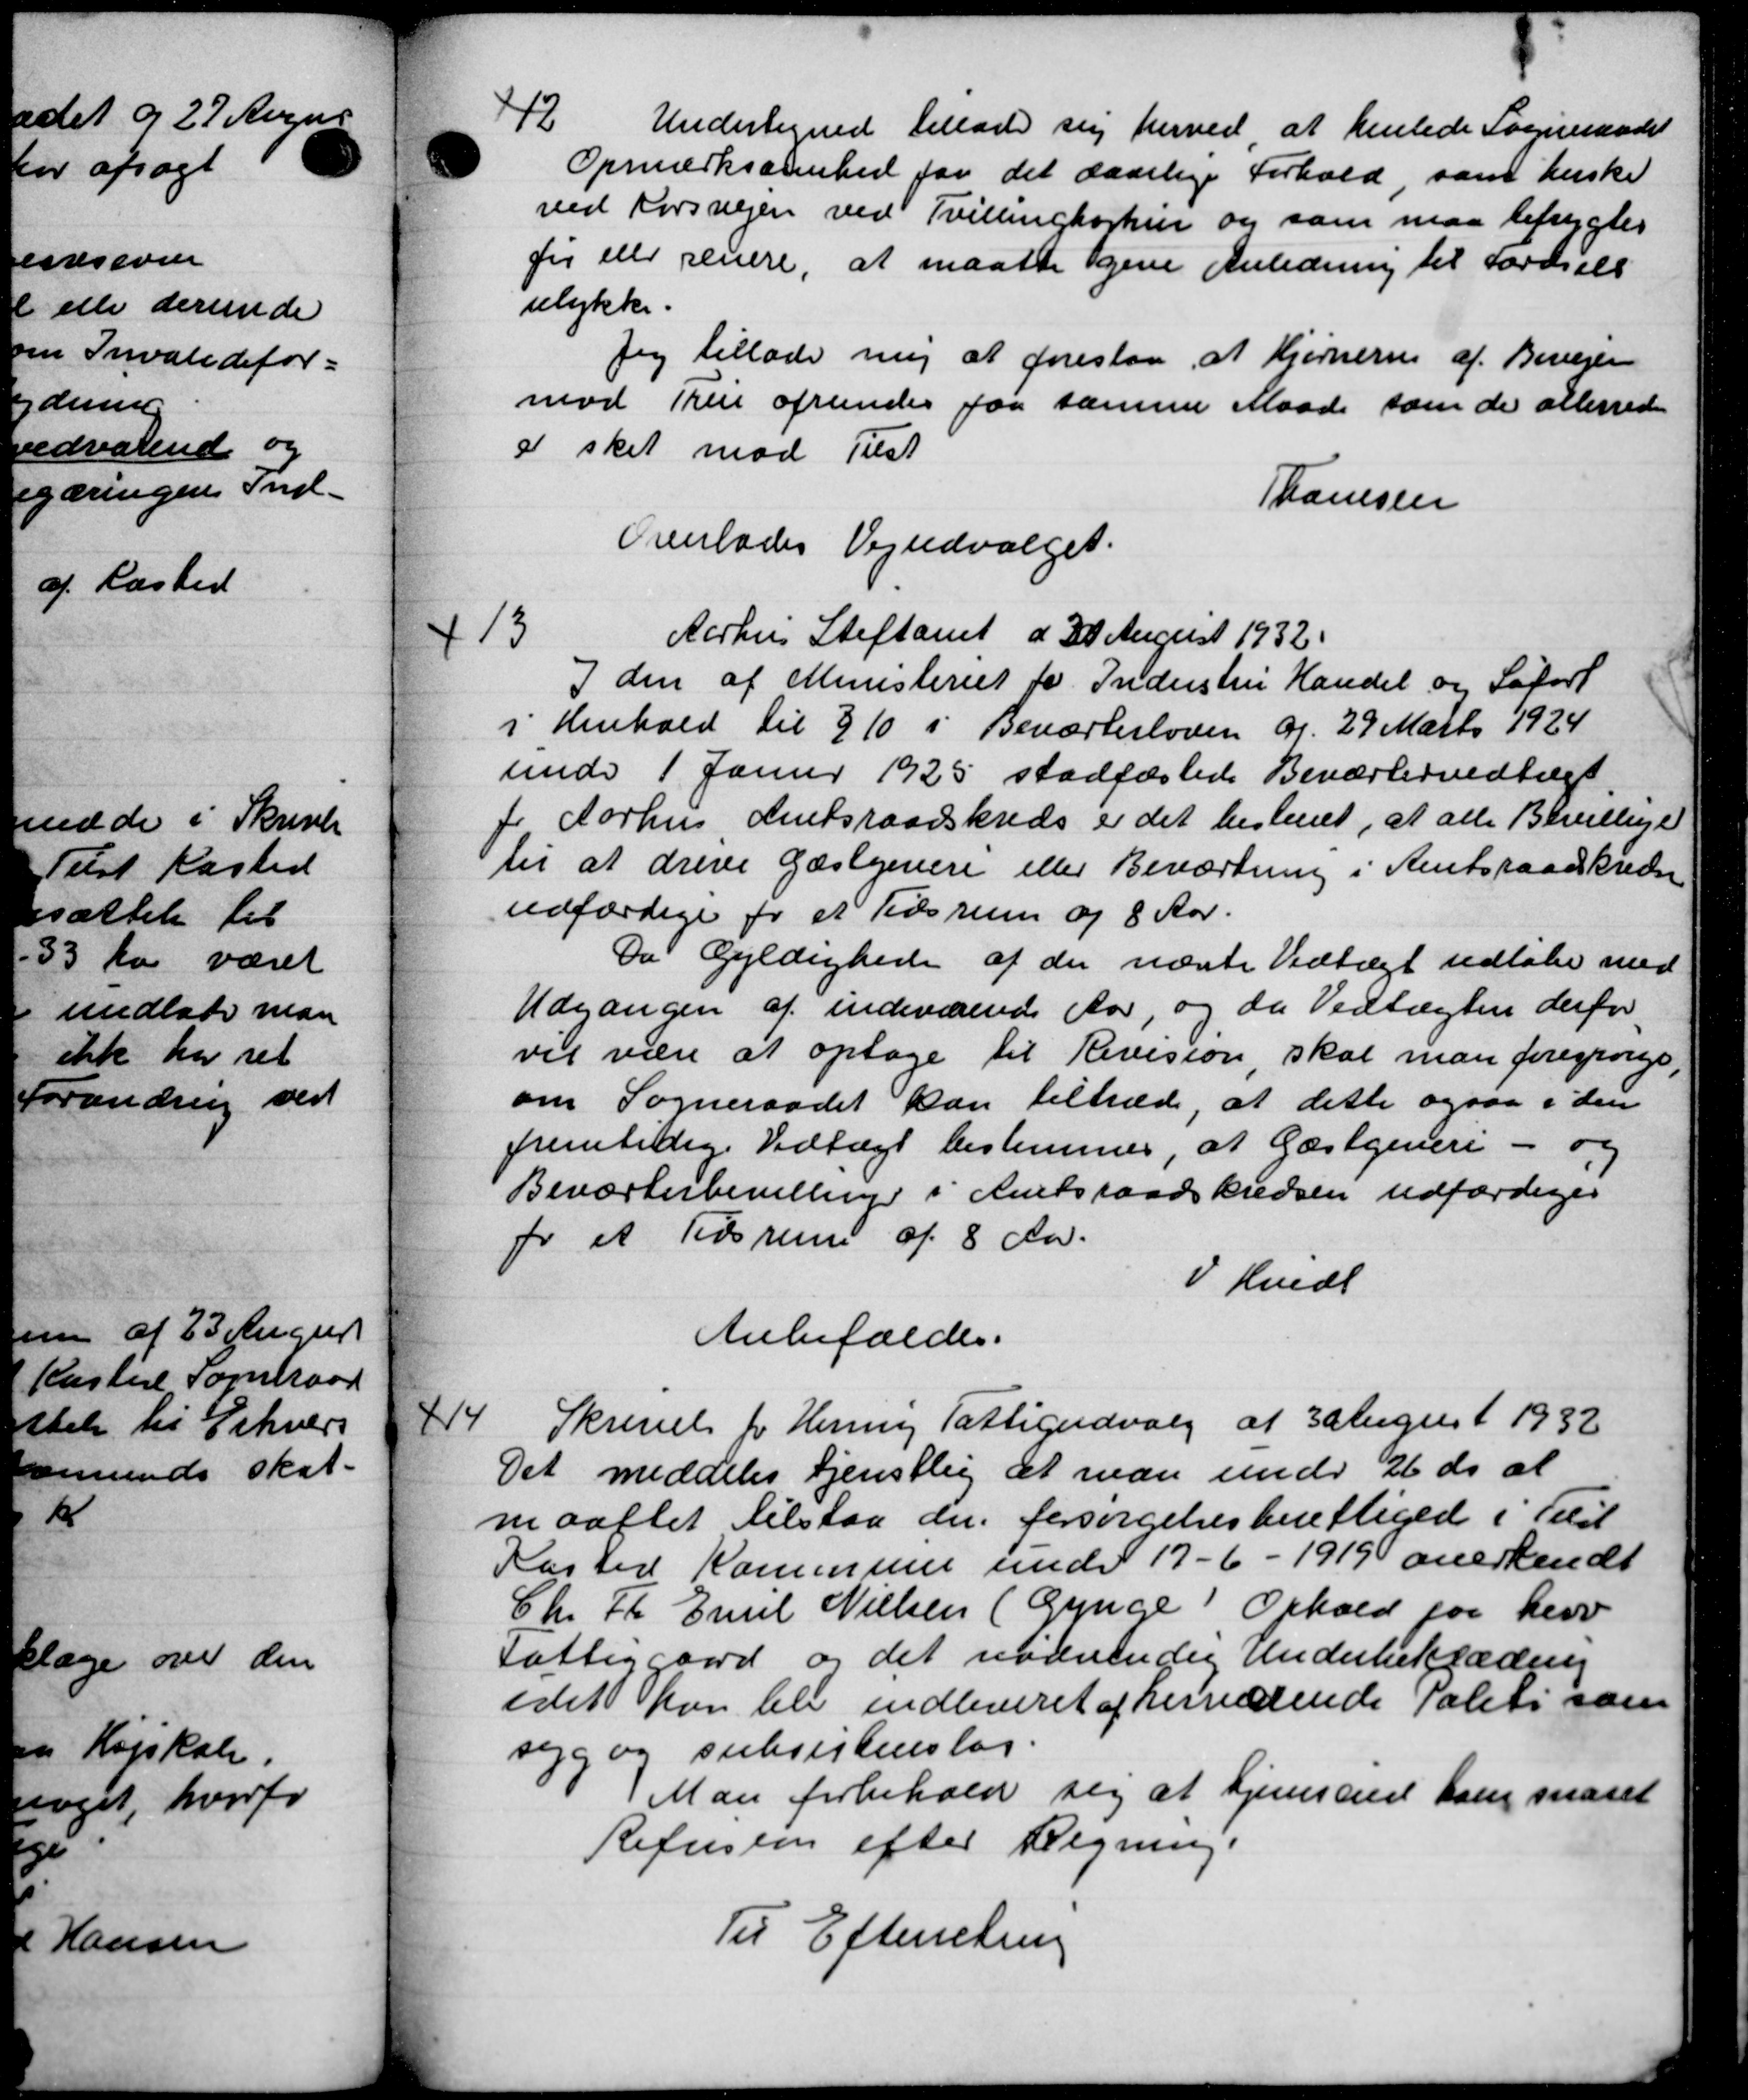
Transskription:
12
Undertegned tillade sig herved, at henlede Sogneraadet
Opmærksomhed for det daarlige Forhold, som ønske
ved Korsvejen ved Tvillinghortier og som maa befrygtes
fir eller senere, at maatte gene Anledning til færdsels
ulykke.
Jeg tillade mig at foreslaa, at Kjørnerne af Bivejen
mod Tur afrundes faa samme Maade som de allerede
a sket mod Tilst
Thomsen
Overlades Vejudvalget.
Aarhus Stiftamt d 30 August 1932
13
I den af Ministeriet for Industru Handel og Safort
i Henhold til § 10 i Beværterloven af 29 Marts 1924
under 1 Janur 1925 stadfæstede Beværledvedtægt
fr Aarhus Amtsraadskreds er det bestemt, at alle Bevillige
til at drive Gæstgivere eller Beværtning i Amtsraadskredse
udfærdige for et Tidsrum og 8 Aar.
Da Gyldighede af der næste Vedtægt udtale med
Udgangen af indeværende Aar, og da Vedtægten derfor
vil være at optage til Revision skal man forespørge,
om Sogneraadet kan tiltræde, at dette ogsaa i den
fremtidige Vedtægt bestemmes, at Gæstgiveri - og
Beværterbevilling i Amtsraadskredsen udfærdiges
for et Tidsrum af 8 Aar.
I Hvede
Anbefaldes.

Skrivels for Henny Fattigudvalg af 3 August 1932
Det meddeles tjenstlig at man under 26 ds at
maattet tilstaa der forsørgelsesberettiget i Teil
Kasted Kommune under 17-6 - 1919 anerkendt
Chr Fr. Emil Nielsen (Gynge Ophold paa herv
Fattiggaard og det nødvendig Underbeklædning
idet kan blev indleveret af hervedende Politi som
syg og subsistenslag.
Man forbehold sig at hjemsted som snaret
Refusion efter Regning.
Til Efterretning